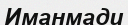
Иманмади